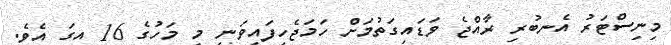
މިނިސްޓަރު އެނބުރި ރާއްޖެ ވަޑައިގަތުމަށް ހަމަޖެހިފައިވަނީ މި މަހުގެ 16 އިގަ އެވެ.